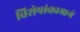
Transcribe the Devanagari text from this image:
विशेषांकामागे